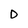
Character: D